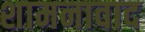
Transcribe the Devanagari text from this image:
शामनावाद